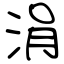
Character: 涓